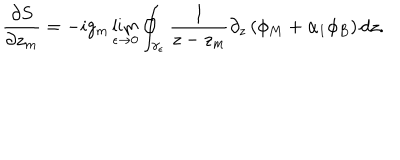
LaTeX: \frac { \partial S } { \partial z _ { m } } = - i g _ { m } \lim _ { \epsilon \rightarrow 0 } \oint _ { \gamma _ { \epsilon } } \frac { 1 } { z - z _ { m } } \partial _ { z } \left( \phi _ { M } + \alpha _ { 1 } \phi _ { B } \right) d z .